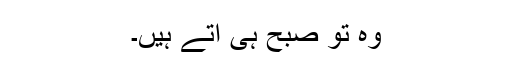
وہ تو صبح ہی آتے ہیں۔